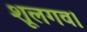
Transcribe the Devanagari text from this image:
शूलगव।